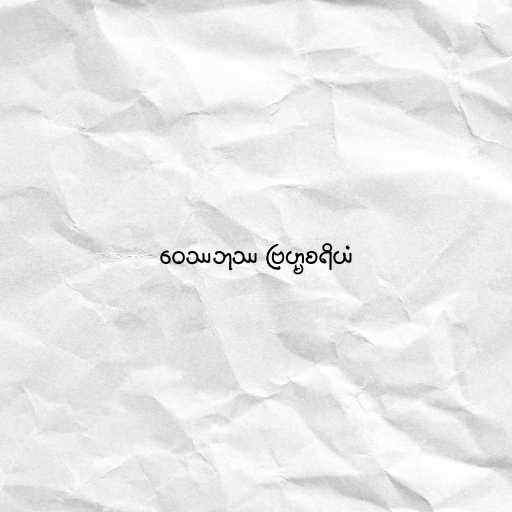
ဝေဿဘုဿ ဗြဟ္မစရိယံ